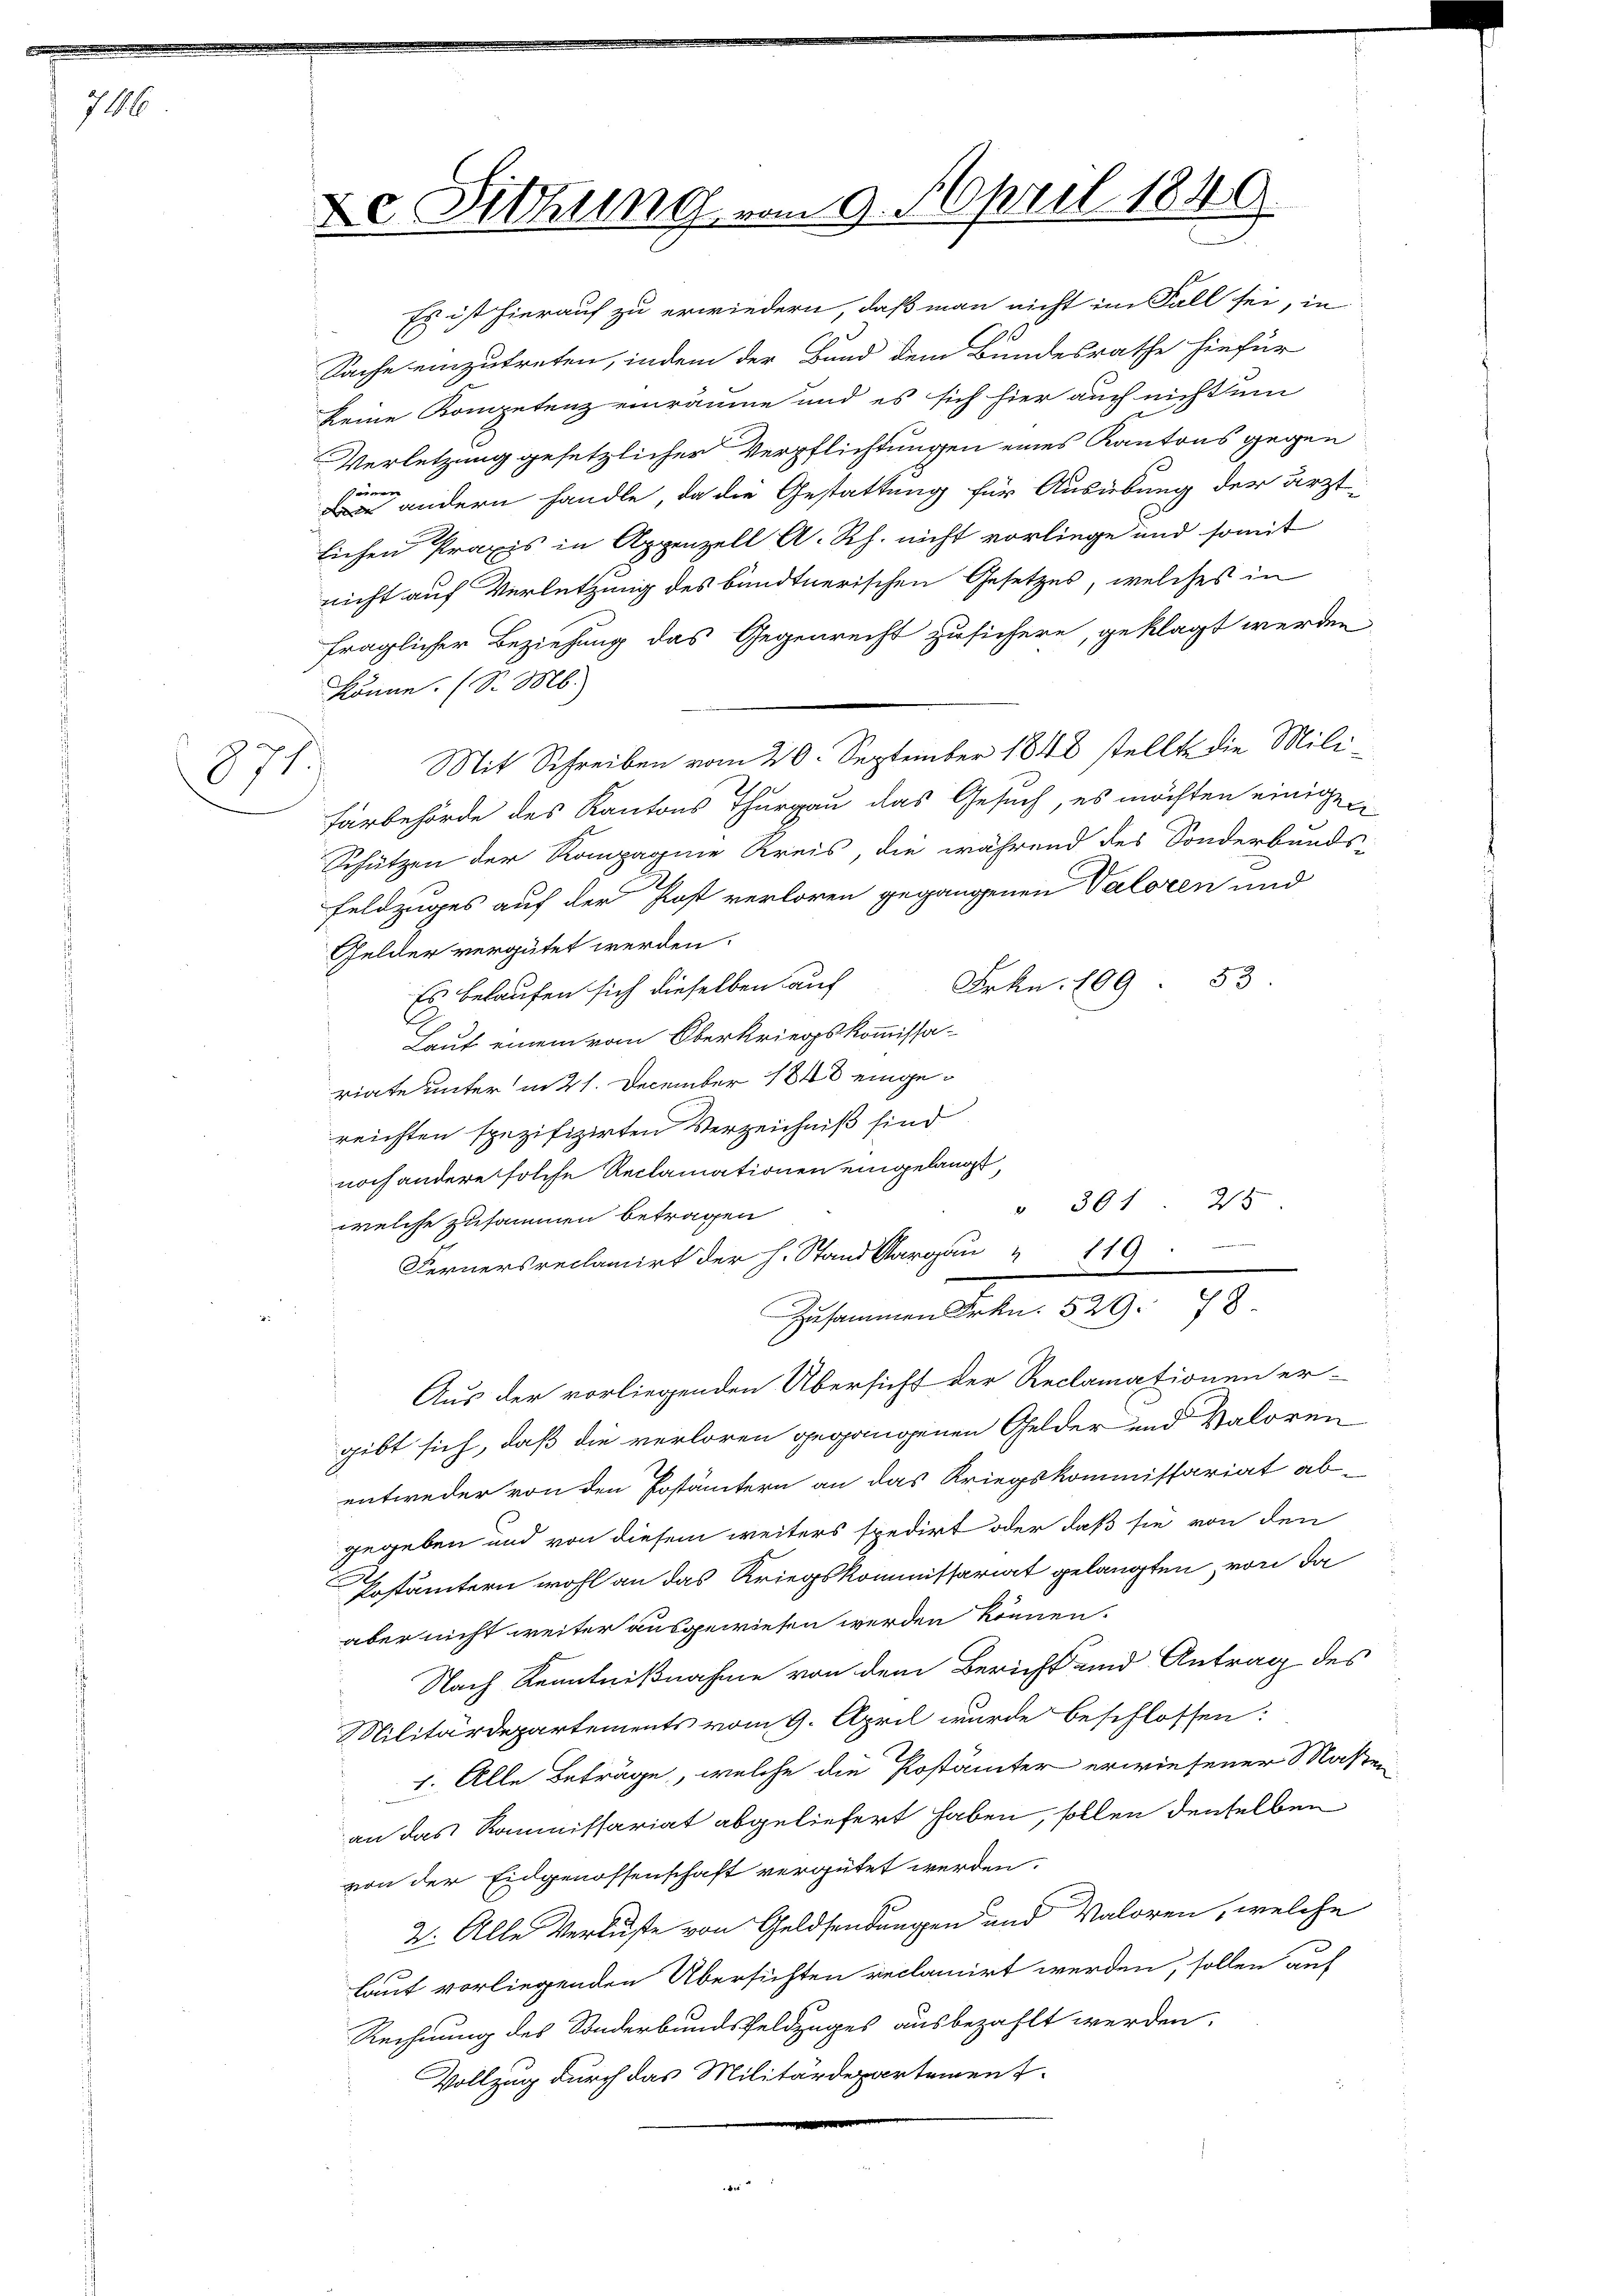
716

71

De Sitzung vom 9. April 1840.

lichen Praxis in Appenzell A. Rh. nicht vorliege und somit
nicht auf Verletzung des bündtnerischen Gesetzes, welches in
fraglicher Beziehung das Gegenrecht zusichern, geklagt werden,
könne. (S. M.
Mit Schreiben vom 20. September 1848 stellte die Mili
Färbehörde des Kantons Thurgau das Gesuch, es möchten einigen
Schützen der Kompagnie Kreis, die während des Sonderbunds-
Feldzuges auf der Post verloren gegangenen Valoren und
Gelder vergütet werden.
Frkn. 109. 53
Es belaufen sich dieselben auf
Laut einem vom Oberkriegskommissariate unter in 21. December 1848 eingereichten spezifizirten Verzeichniß sind
noch andere solche Reclamationen eingelangt,
" 301. 25
welche zusammen betragen
Fernersreclamirt der Stand 119.
Zusammen Frkn. 529. 78
Aus der vorliegenden Übersicht der Reclamationen er-
gibt sich, daß die verloren gegangenen Gelder und Valoren
entweder von den Postämtern an das Kriegskommissariat ab-
gegeben und von diesem weiters spedirt oder daß sie von den
Estämtern wohl an das Kriegskommissariat gelangten von da
aber nicht weiter ausgewiesen werden können.
Nach Kenntnißnahme von dem Bericht und Antrag des
Militärdepartements vom 9. April wurde beschlossen:
1. Alle Beträge, welche die Postämter erwiesener Maßen
an das Kommissariat abgeliefert haben, sollen denselben
von der Eidgenossenschaft vergütet werden.
2. Alle Verluste von Geldsendungen und Maloren, welche
laut vorliegenden Übersichten reclamirt werden, sollen auf
Rechnung des Sonderbundsfeldzuges ausbezahlt werden.
Vollzug durch das Militärdepartement¬

Es ist hierauf zu erwiedern, daß man nicht im Fall sei, in
Sache einzutreten, indem der Bund dem Bundesrathe hiefür
keine Kompetenz einräume und es sich hier auch nicht ein
Verletzung gesetzlicher Verpflichtungen eines Kantons gegen
 andern handle, da die Gestattung für Ausübung der ärzt-